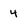
Character: 4